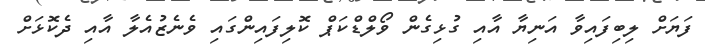
ފަޔަށް ލިބިފައިވާ އަނިޔާ އާއި ގުޅިގެން ވޯލްޑްކަޕް ކޮލިފައިންގައި ވެނެޒުއެލާ އާއި ދެކޮޅަށް